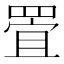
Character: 𱻅